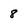
Character: 8